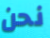
نحن